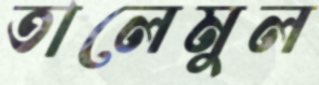
তালেমুল